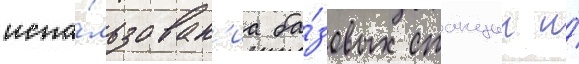
испо́льзован'иа ба́зовых станции и́